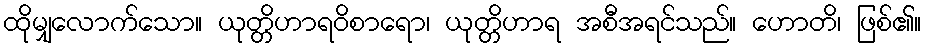
ထိုမျှလောက်သော။ ယုတ္တိဟာရဝိစာရော၊ ယုတ္တိဟာရ အစီအရင်သည်။ ဟောတိ၊ ဖြစ်၏။